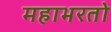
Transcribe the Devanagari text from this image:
महाभरतो